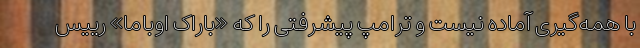
با همه‌گیری آماده نیست و ترامپ پیشرفتی را که «باراک اوباما» رییس